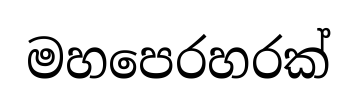
මහපෙරහරක්